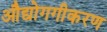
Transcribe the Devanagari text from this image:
औद्योगगीकरण